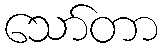
သော်တာ